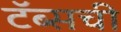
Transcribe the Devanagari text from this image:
टॅब्सची